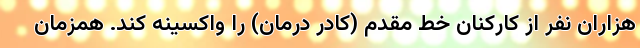
هزاران نفر از کارکنان خط مقدم (کادر درمان) را واکسینه کند. همزمان